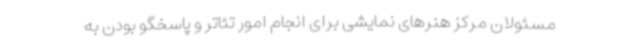
مسئولان مرکز هنرهای نمایشی برای انجام امور تئاتر و پاسخگو بودن به